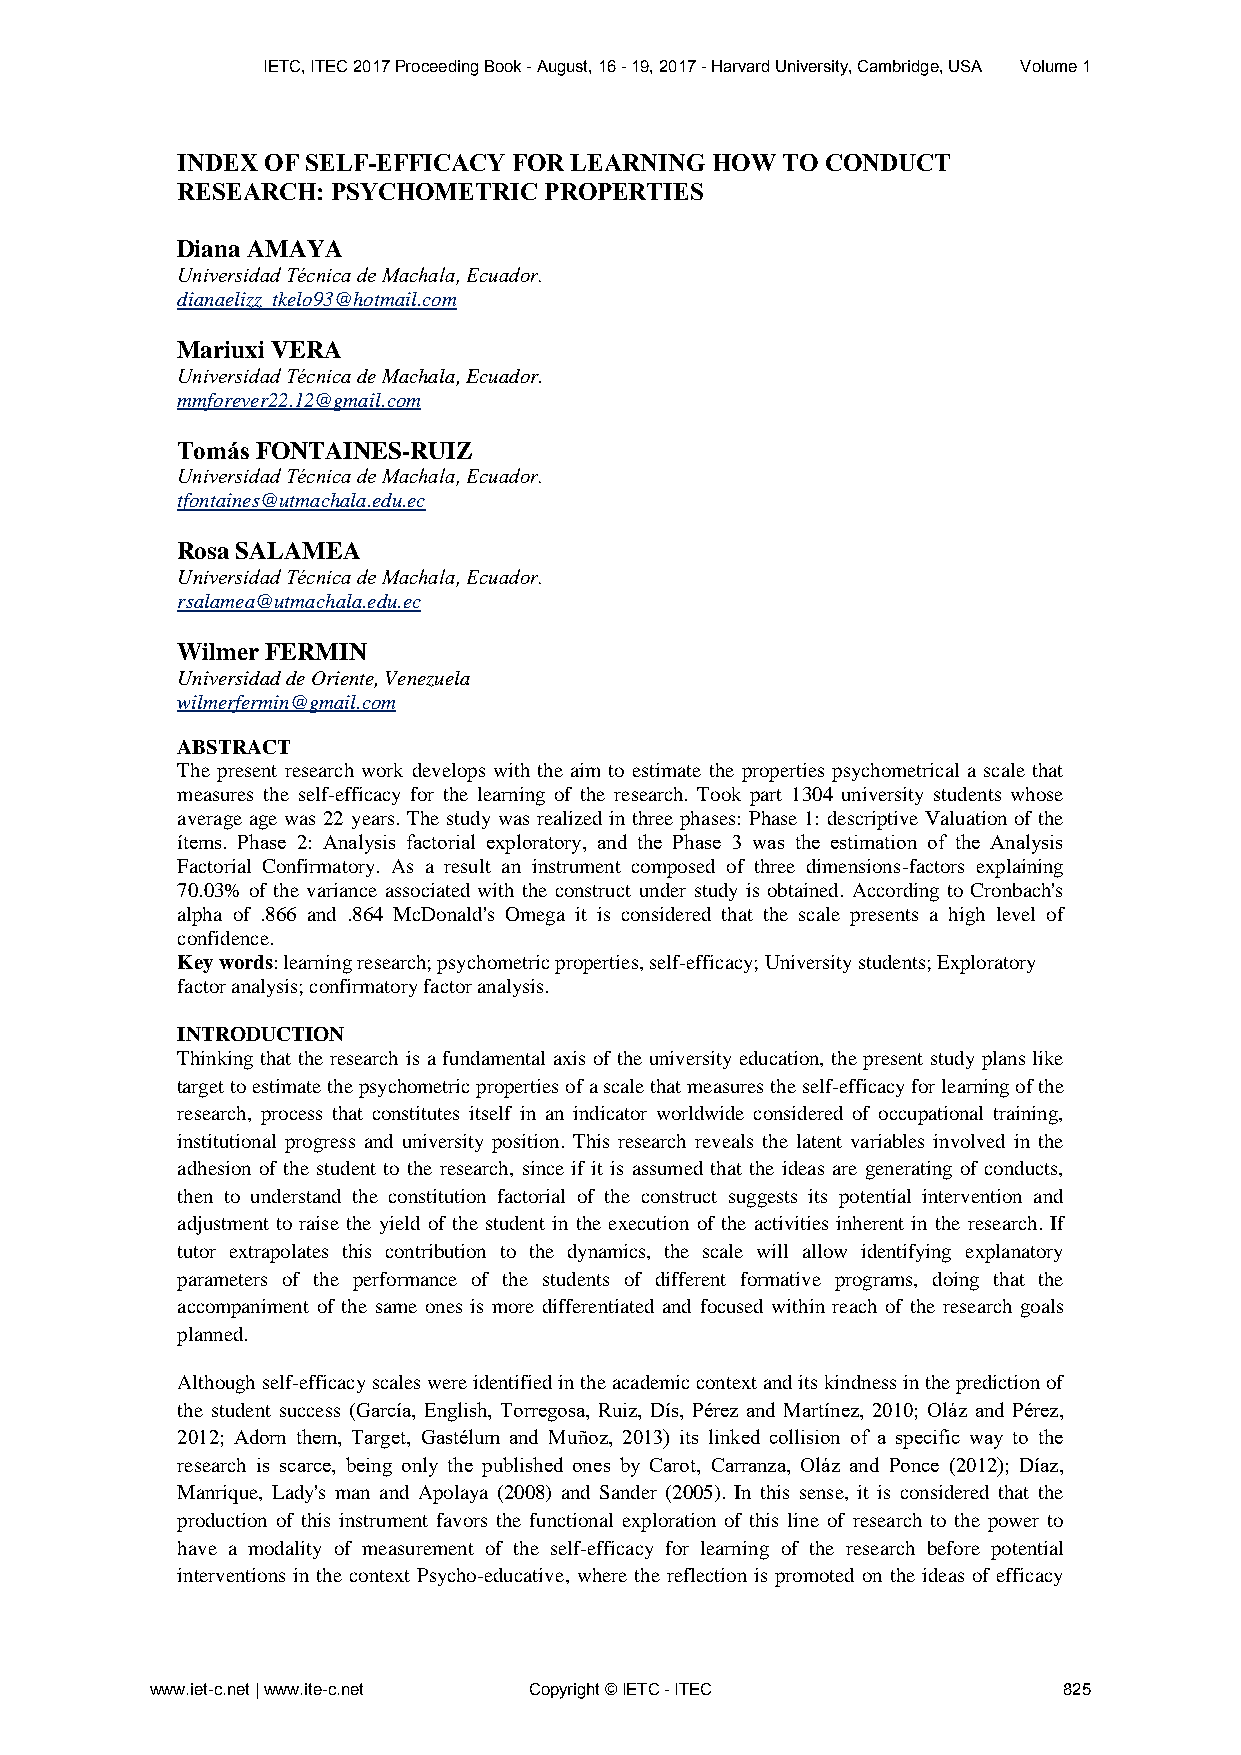
IETC, ITEC 2017 Proceeding Book - August, 16 - 19, 2017 - Harvard University, Cambridge, USA Volume 1
 INDEX OF SELF-EFFICACY FOR LEARNING HOW TO CONDUCT
 RESEARCH: PSYCHOMETRIC  PROPERTIES
 Diana AMAYA
 Universidad Técnica de Machala, Ecuador.
 dianaelizz_tkelo93@hotmail.com
 Mariuxi VERA
 Universidad Técnica de Machala, Ecuador.
 mmforever22.12@gmail.com
 Tomás FONTAINES-RUIZ
 Universidad Técnica de Machala, Ecuador.
 tfontaines@utmachala.edu.ec
 Rosa SALAMEA
 Universidad Técnica de Machala, Ecuador.
 rsalamea@utmachala.edu.ec
 Wilmer FERMIN
 Universidad de Oriente, Venezuela
 wilmerfermin@gmail.com
 ABSTRACT
 The present research work develops with the aim to estimate the properties psychometrical a scale that
 measures the self-efficacy for the learning of the research. Took part 1304 university students whose
 average age was 22 years. The study was realized in three phases: Phase 1: descriptive Valuation of the
 ítems. Phase 2: Analysis factorial exploratory, and the Phase 3 was the estimation of the Analysis
 Factorial Confirmatory. As a result an instrument composed of three dimensions-factors explaining
 70.03% of the variance associated with the construct under study is obtained. According to Cronbach's
 alpha of .866 and .864 McDonald's Omega it is considered that the scale presents a high level of
 confidence.
 Key words: learning research; psychometric properties, self-efficacy; University students; Exploratory
 factor analysis; confirmatory factor analysis.
 INTRODUCTION
 Thinking that the research is a fundamental axis of the university education, the present study plans like
 target to estimate the psychometric properties of a scale that measures the self-efficacy for learning of the
 research, process that constitutes itself in an indicator worldwide considered of occupational training,
 institutional progress and university position. This research reveals the latent variables involved in the
 adhesion of the student to the research, since if it is assumed that the ideas are generating of conducts,
 then to understand the constitution factorial of the construct suggests its potential intervention and
 adjustment to raise the yield of the student in the execution of the activities inherent in the research. If
 tutor extrapolates this contribution to the dynamics, the scale will allow identifying explanatory
 parameters of the performance of the students of different formative programs, doing that the
 accompaniment of the same ones is more differentiated and focused within reach of the research goals
 planned.
 Although self-efficacy scales were identified in the academic context and its kindness in the prediction of
 the student success (García, English, Torregosa, Ruiz, Dís, Pérez and Martínez, 2010; Oláz and Pérez,
 2012; Adorn them, Target, Gastélum and Muñoz, 2013) its linked collision of a specific way to the
 research is scarce, being only the published ones by Carot, Carranza, Oláz and Ponce (2012); Díaz,
 Manrique, Lady's man and Apolaya (2008) and Sander (2005). In this sense, it is considered that the
 production of this instrument favors the functional exploration of this line of research to the power to
 have a modality of measurement of the self-efficacy for learning of the research before potential
 interventions in the context Psycho-educative, where the reflection is promoted on the ideas of efficacy
 www.iet-c.net | www.ite-c.net Copyright © IETC - ITEC       825